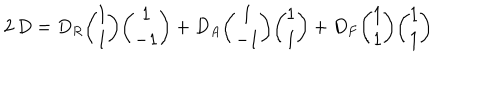
2 \, D = D _ { R } { \binom { 1 } { 1 } } { \binom { 1 } { - 1 } } + D _ { A } { \binom { 1 } { - 1 } } { \binom { 1 } { 1 } } + D _ { F } { \binom { 1 } { 1 } } { \binom { 1 } { 1 } }